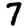
Digit: 7